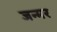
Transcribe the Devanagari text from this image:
जन्मर